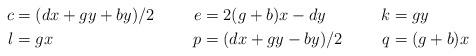
LaTeX: \begin{align*} c &= (dx + gy + by)/2 & e &= 2(g + b)x - dy & k &= gy \\l &= gx & p &= (dx + gy - by)/2 & q &= (g + b)x \end{align*}